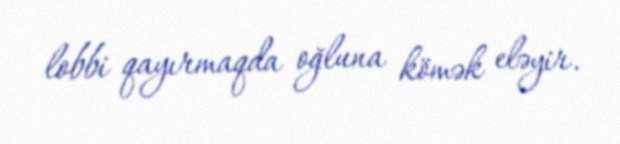
lobbi qayırmaqda oğluna kömək eləyir.